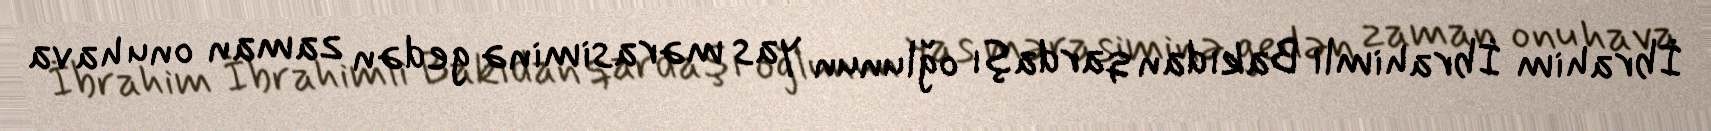
İbrahim İbrahimli Bakıdan qardaşı oğlunun yas mərasiminə gedən zaman onu hava